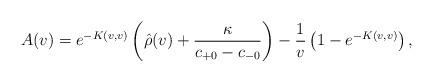
LaTeX: \begin{align*} A(v)=e^{-K(v,v)}\left(\hat{\rho}(v)+\frac{\kappa}{c_{+0}-c_{-0}}\right)-\frac{1}{v}\left(1-e^{-K(v,v)}\right),\end{align*}